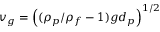
v _ { g } = \left( ( \rho _ { p } / \rho _ { f } - 1 ) g d _ { p } \right) ^ { 1 / 2 }